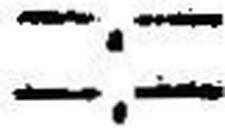
—.—